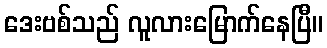
ဒေးဗစ်သည် လူလားမြောက်နေပြီ။